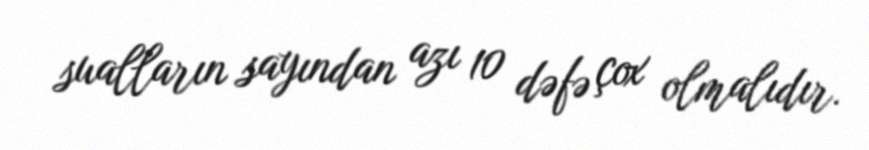
sualların sayından azı 10 dəfə çox olmalıdır.